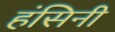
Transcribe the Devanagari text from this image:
हंसिनी